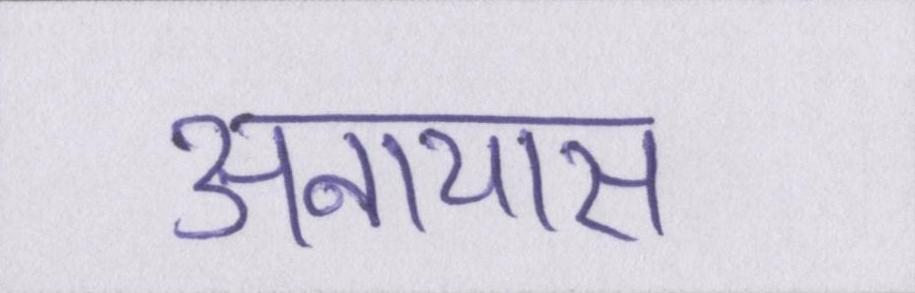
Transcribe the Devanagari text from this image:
अनायास